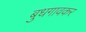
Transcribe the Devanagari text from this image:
बुधगावकर